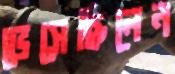
ভেসেছিলেন